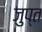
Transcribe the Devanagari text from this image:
जुप्त